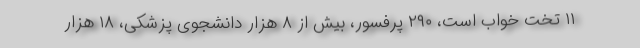
۱۱ تخت خواب است، ۲۹۰ پرفسور، بیش از ۸ هزار دانشجوی پزشکی، ۱۸ هزار